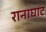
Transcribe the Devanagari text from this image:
रानाघाट